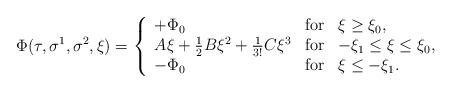
LaTeX: \begin{align*}\Phi(\tau,\sigma^1,\sigma^2,\xi) = \left\{ \begin{array}{lcl} +\Phi_0 &\mbox{for} & \xi \geq \xi_{0}, \\ A \xi + \frac{1}{2} B \xi^2 + \frac{1}{3!} C \xi^3 &\mbox{for} & -\xi_{1}\leq \xi \leq \xi_{0}, \\ -\Phi_0 &\mbox{for} & \xi \leq -\xi_{1}. \end{array} \right.\end{align*}